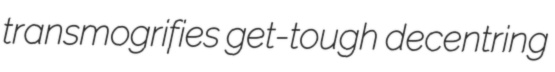
transmogrifies get-tough decentring